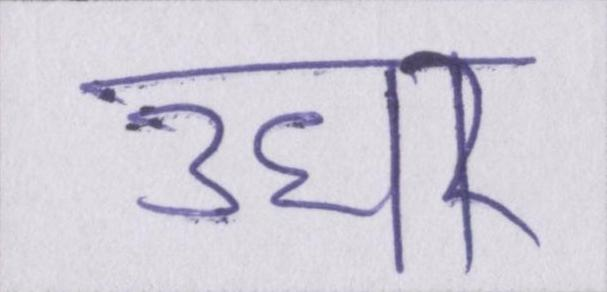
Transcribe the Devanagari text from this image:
उधर